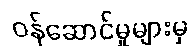
ဝန်ဆောင်မှုများမှ